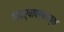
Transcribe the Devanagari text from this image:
१६वर्षापर्यंतच्या